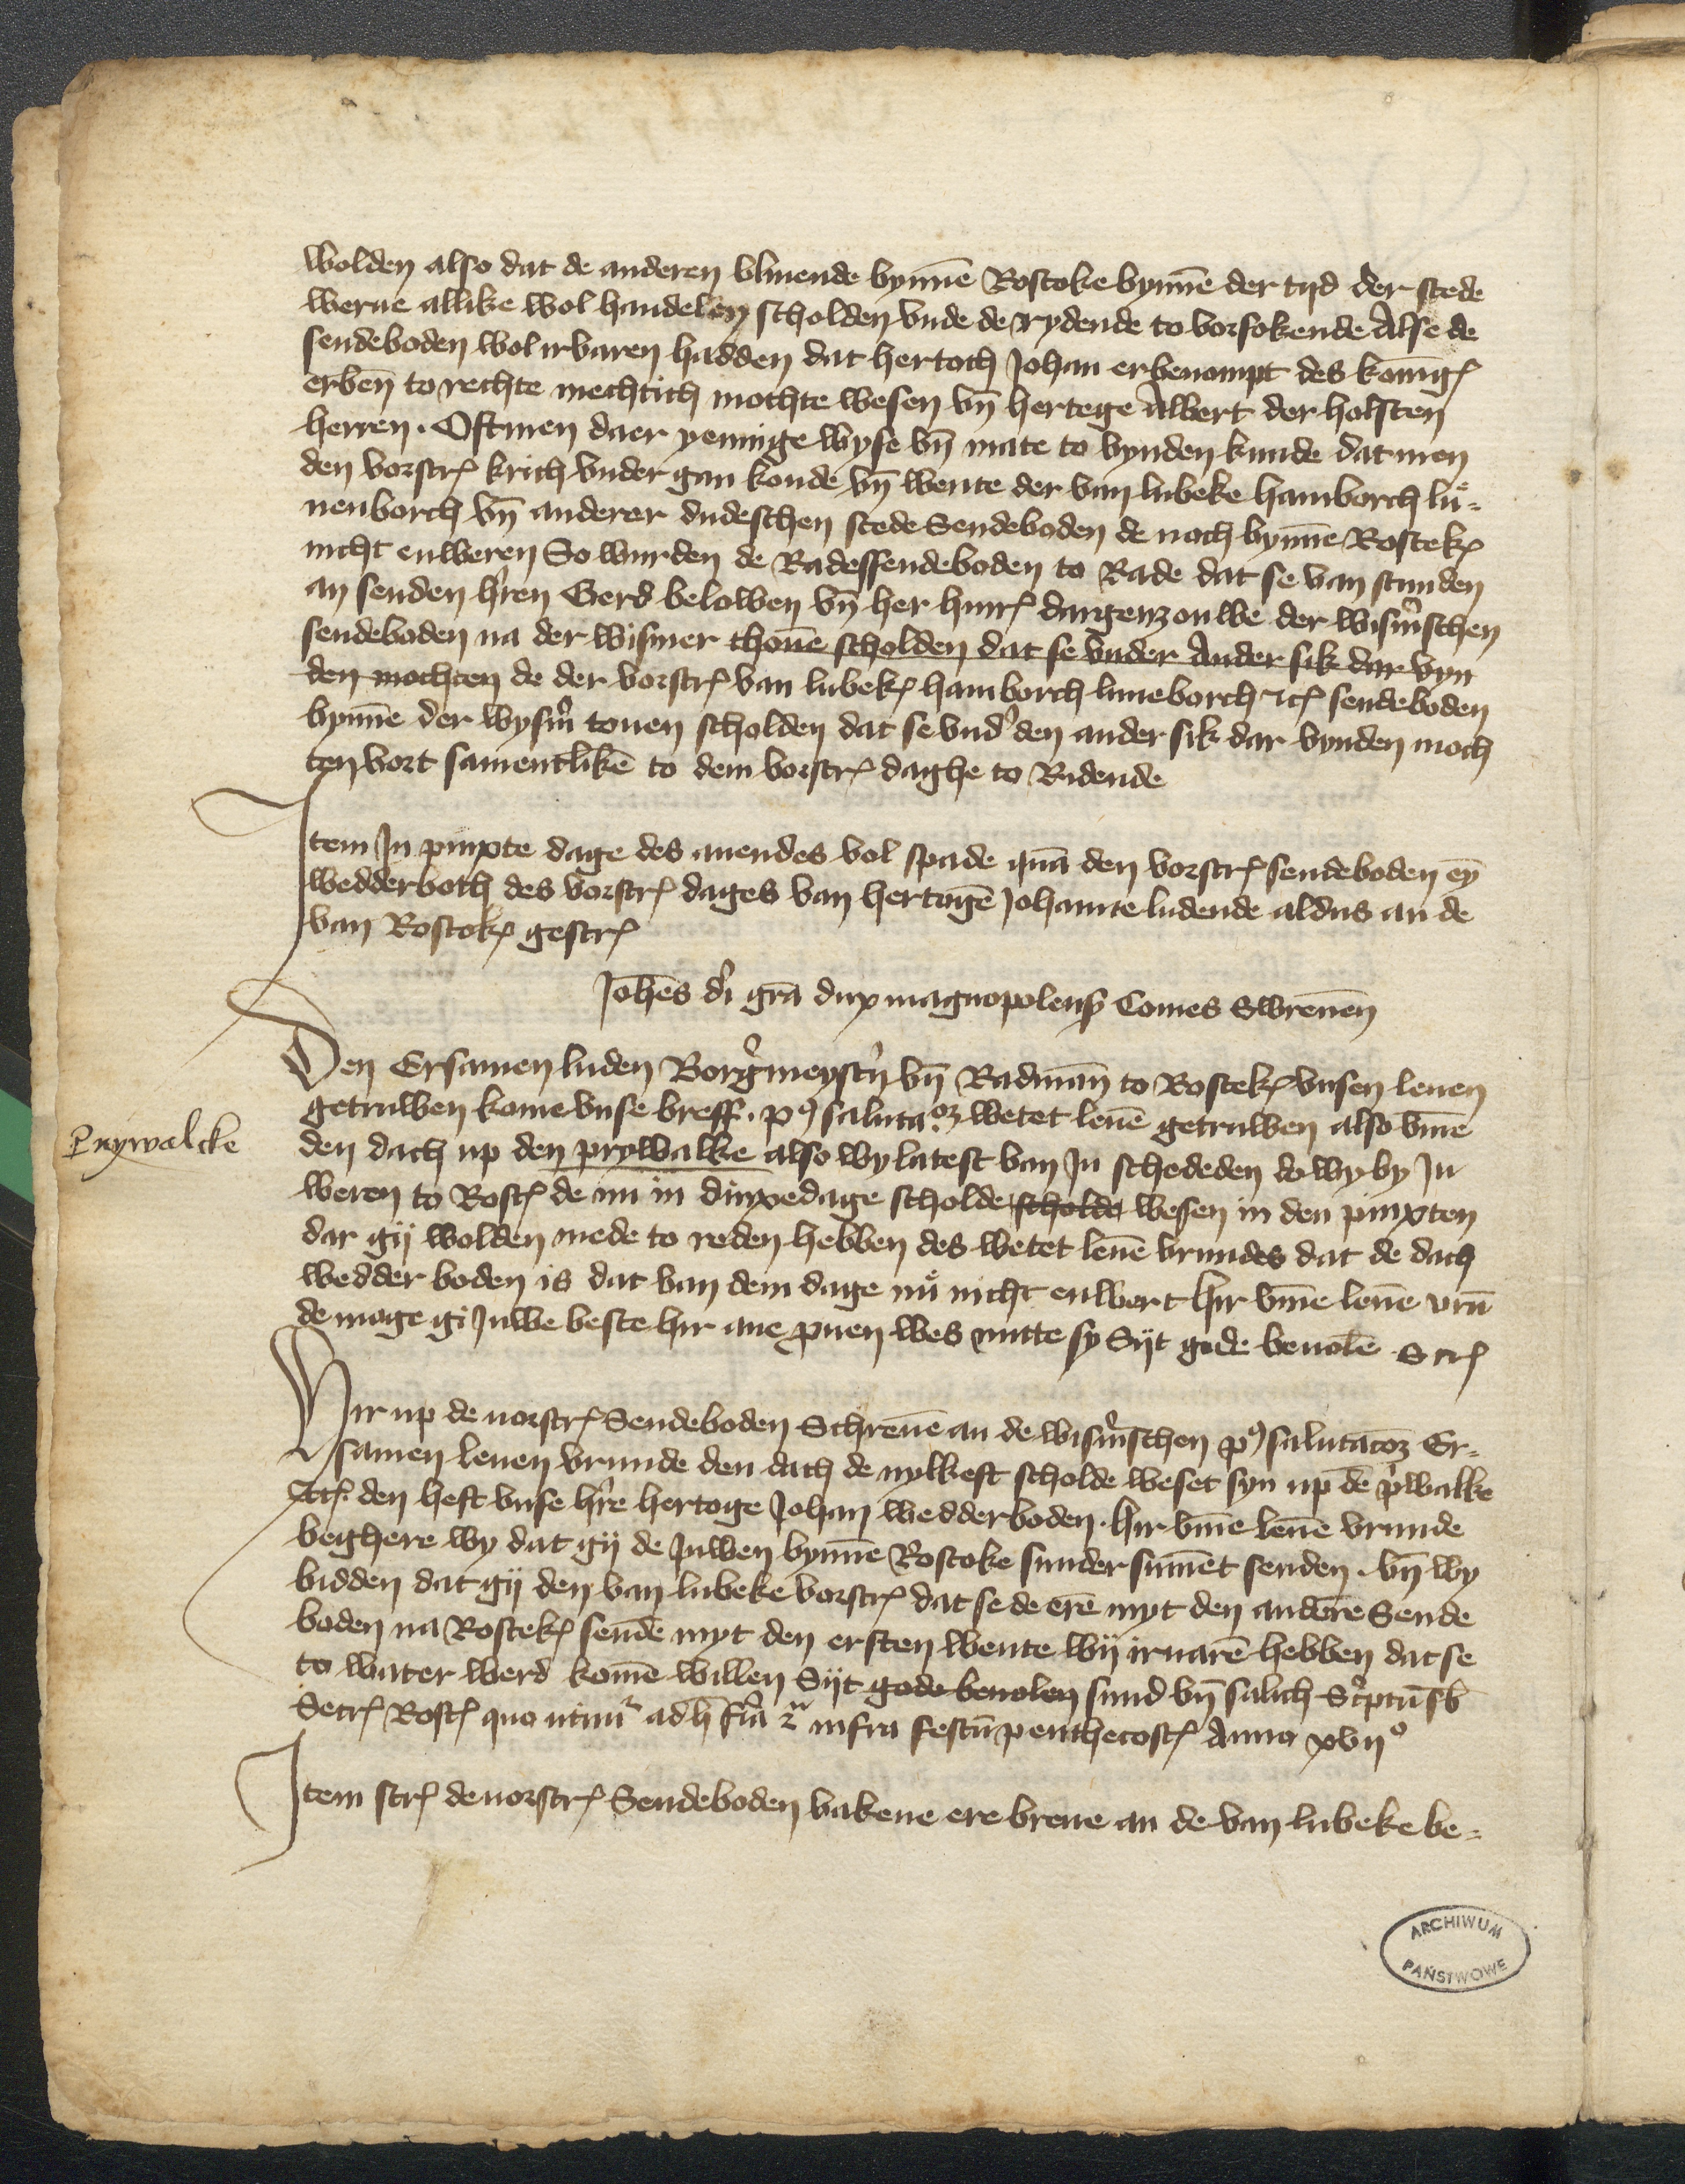
wolden also dat de anderen bliuende bynnen Rostoke bynnen der tyd der stede
werue allike wol handelen scholden vnde de rydende to vorsokende Alse de
sendeboden wol irvaren hadden dat hertoch Johan erbenompt des koninges
erben to rechte mechtich mochte wesen vnd hertege Albert der Holsten
herren. Oftmen daer yennige wyse vnd mate to vynden kunde dat men
den vorscreuen krich vnder gan konde vnd wente der van Lubeke Hamborch Lu¬
nenborch vnd anderer dudeschen stede Sendeboden de noch bynnen Rosteke
nicht enweren So wurden de Radessendeboden to Rade dat se van stunden
an senden herren Gerd Belowen vnd her Hinrick Dingentzouwe der Wismerschen
sendeboden na der Wismer thonen scholden dat se vnder Ander sik dar vyn¬
den mochten de der vorscreuen van Lubeke Hamborch Luneborch etcetera sendeboden
bynnen der Wysmer tonen scholden dat se vnder den ander sik dar vynden moch¬
ten vort samentliken to dem vorscreuen daghe to Ridende

Jtem Jn pinxte dage des auendes vol spade qua den vorscreuen sendeboden eyn
wedderboth des vorscreuen dages van hertogen Johanne ludende aldus an de
van Rostoke gescreuen
Johannes dei gratia dux Magnopolens Comes Swrenen

Den Ersamen luden Borgermeysteren vnd Radmann to Rosteke vnsen leuen
getruwen kome vnse breff post saluta.os wetet leuen getruwen also vmme
den dach up den Prywalke also wy latest van Jn schededen do wy by Jn
weren to Rostoke de nu in dinxedage scholde, scholde wesen in den pinxten
dar gy wolden mede to reden hebben des wetet leuen vrundes dat de dach
wedder boden is dat van dem dage nu nicht enwert hir vmme leuen vrun¬
de moe gi Juwe beste hir ane pernen wes nutte sy Syt gode beuolen Screuen

Prywalcke

Hir up de norscreuen Sendeboden schreuen an de Wismerschen post salutatos Er¬
samen leuen vrunde den dach de nylkest scholde weset syn up de Priwalke
dat den heft vnse herre hertoge Johan Wedderboden hir vmme leuen vrunde
beghere wy dat gy de Juwen bynnen Rostoke sunder summet senden. vnd wy
bidden dat gy den van Lubeke vorscreuen dat se de eren myt den anderen sende
boden n Rosteke senden myt den ersten wente wy iruaren hebben dat se
to water werd komen willen syt gode beuolen sund vnd sulich Scriptunsv
SecretariusRostoke quo ntim adh fiat infra festum penthecostes Anno xvijo

Jtem screuen de uorscreuen sendeboden vakene ere breue an de van Lubeke be¬